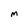
Character: M